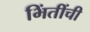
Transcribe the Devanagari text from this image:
भिंतींची